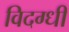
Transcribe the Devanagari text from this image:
विदग्धी